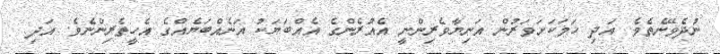
ނުދެވޭނެތެވެ. އަދި ހަމަކަށަވަރުން އަނިޔާވެރިންނީ އެއުރެންގެ އެއްބަޔަކު އަނެއްބަޔެއްގެ އެހީތެރިންނެވެ. އަދި